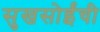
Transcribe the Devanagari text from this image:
सुखसोईंची